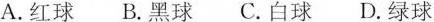
A.红球 B.黑球 C.白球 D.绿球